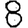
Digit: 8